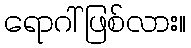
ရောဂါ် ဖြစ်လား။